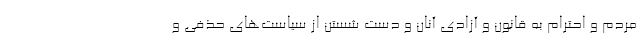
مردم و احترام به قانون و آزادی آنان و دست شستن از سیاست‌های حذفی و